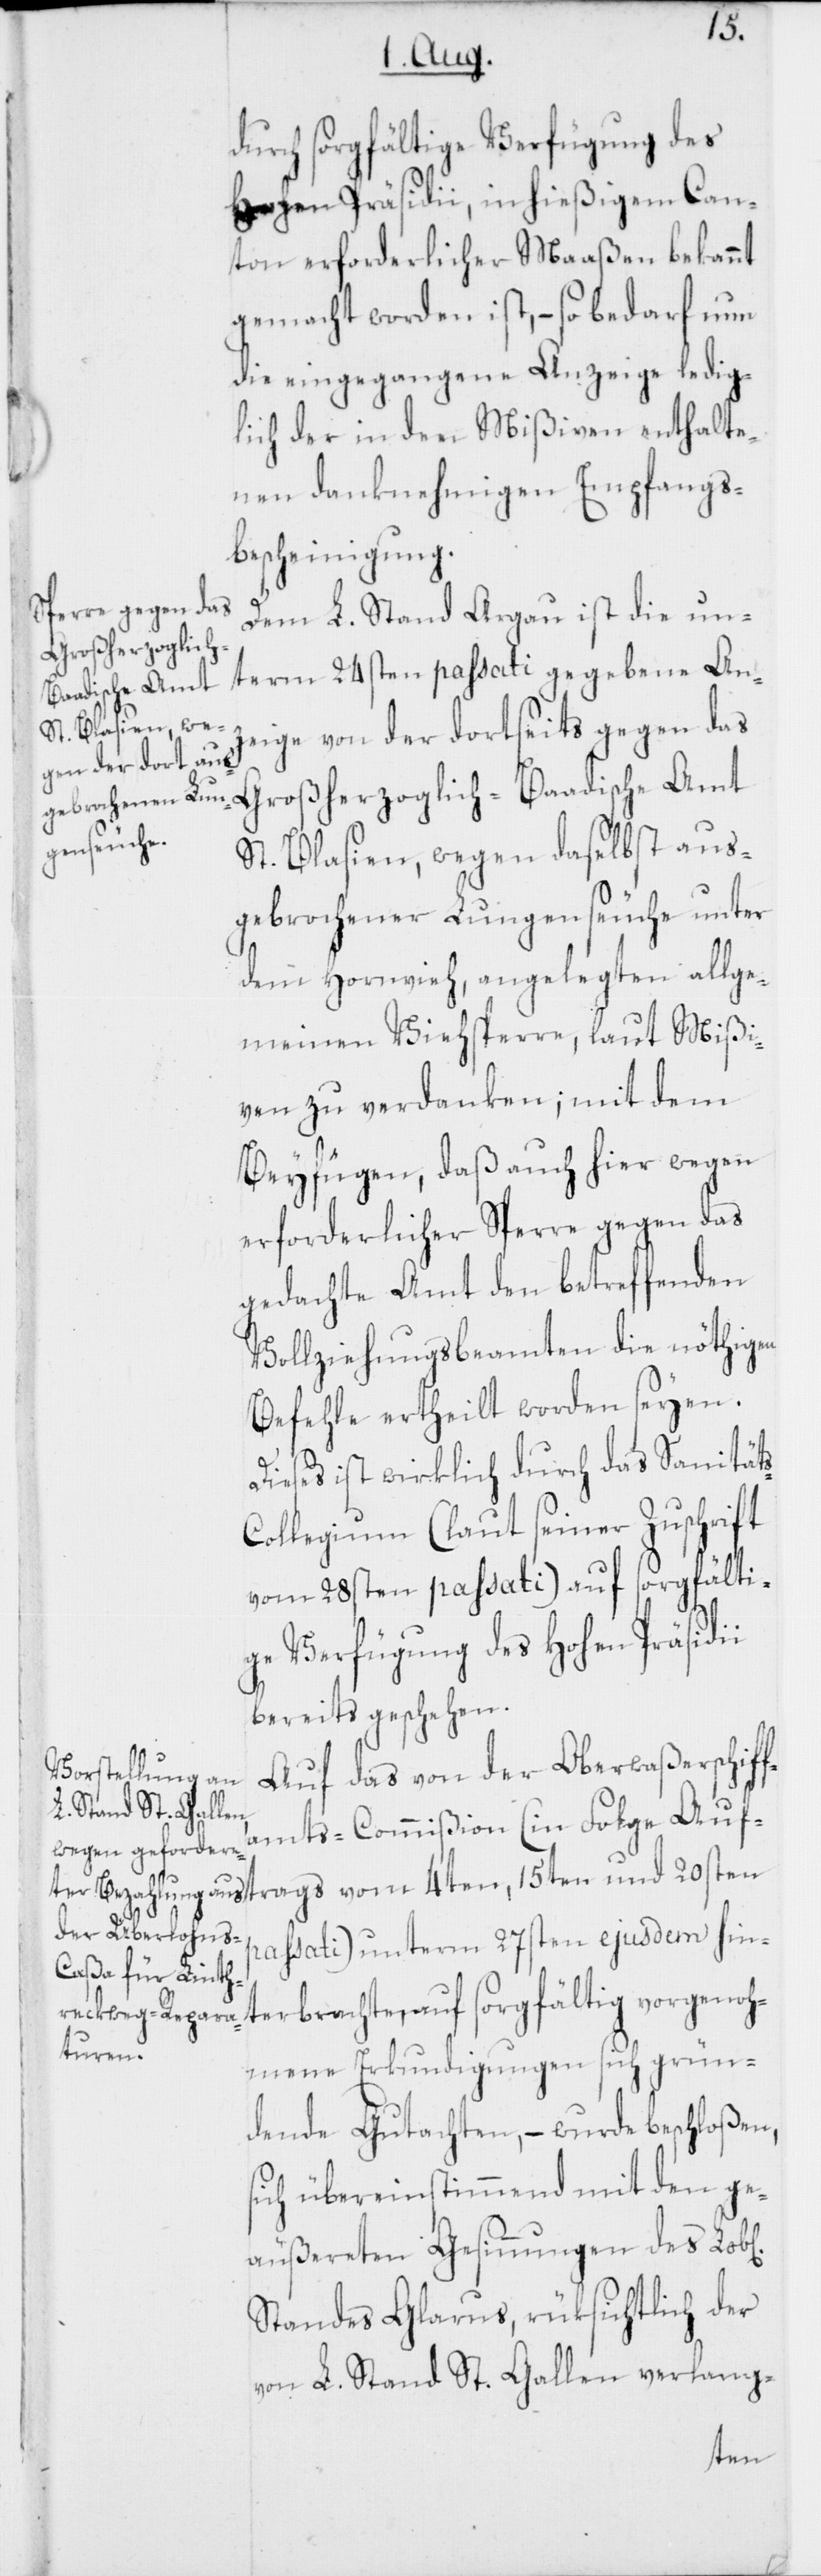
i
durch sorgfältige Verfügung des
Hohen Präsidii, in hießigem Can¬
ton erforderlicher Maaßen bekannt
gemacht worden ist, – so bedarf nun
die eingegangene Anzeige ledig¬
lich der in den Mißiven enthalte¬
nen danknehmigen Empfangs¬
bescheinigung.
Dem L. Stand Argau ist die un¬
term 24sten passati gegebene Anz¬
eige von der dortseits gegen das
Großherzoglich-Baadische Amt
St. Blasien, wegen daselbst aus¬
gebrochener Lungenseuche unter
dem Hornvieh, angelegten allge¬
meinen Viehsperre, laut Mißi¬
ven zu verdanken; mit dem
Beyfügen, daß auch hier wegen
erforderlicher Sperre gegen das
gedachte Amt den betreffenden
Vollziehungsbeamten die nöthigen
Befehle ertheilt worden seyen.
Dieses ist wirklich durch das Sanität¬
ollegium (laut seiner Zuschrift
vom 28sten passati) auf sorgfälti¬
ge Verfügung des Hohen Präsidi¬
bereits geschehen.
Auf das von der Oberwaßerschiff¬
amts-Commißion (in Folge Auf¬
passati) unterm 27sten ejusdem hin¬
terbrachte, auf sorgfältig vorgenoh¬
ichen]
mene Erkundigungen sich grün¬
dende Gutachten, – wurde beschloßen,
sich übereinstimmend mit den ge¬
äußereten Gesinnungen des Lob[l¬
Standes Glarus, rüksichtlich der
von L. Stand St. Gallen verlang-
4ten,